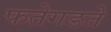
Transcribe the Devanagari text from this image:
फतेगडते